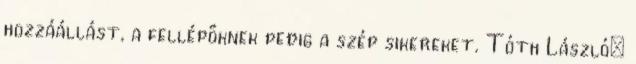
hozzáállást, a fellépőknek pedig a szép sikereket. Tóth László: